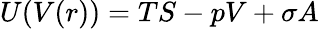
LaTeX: U(V(r))=TS-pV+\sigma A